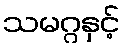
သမဂ္ဂနှင့်